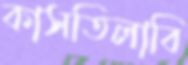
কাসতিলাবি